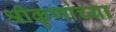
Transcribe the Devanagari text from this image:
श्रीकृणांच्या